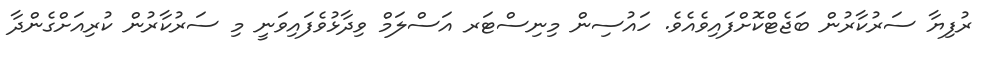
ރުފިޔާ ސަރުކާރުން ބަޖެޓްކޮށްފައިވެއެވެ. ހައުސިން މިނިސްޓަރ އަސްލަމް ވިދާޅުވެފައިވަނީ މި ސަރުކާރުން ކުރިއަށްގެންދާ